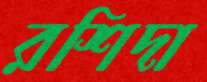
রশিদা